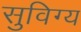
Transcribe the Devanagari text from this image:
सुविग्य